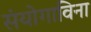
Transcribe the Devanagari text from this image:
संयोगाविना